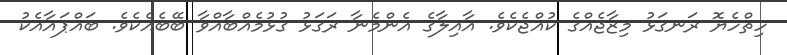
ހިތްހެޔޮ ރަނގަޅު މިޒާޖެއްގެ ކުއްޖެކެވެ. އާއިލާގެ އެންމެނާ ރަގަޅު ގުޅުމެއްބާއްވާ ބޭބެއެކެވެ. ބައްޕައާއެކު